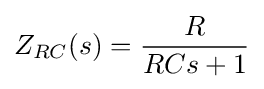
Z_{RC}(s)={\frac {R}{RCs+1}}